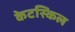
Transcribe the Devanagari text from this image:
केटस्किल